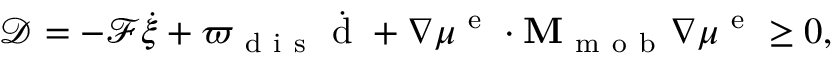
\mathcal { D } = - \mathcal { F } \dot { \xi } + \varpi _ { \mathrm { ~ d ~ i ~ s ~ } } \dot { \mathrm { ~ d ~ } } + \nabla \mu ^ { \mathrm { ~ e ~ } } \cdot { \bf M } _ { \mathrm { ~ m ~ o ~ b ~ } } \nabla \mu ^ { \mathrm { ~ e ~ } } \ge 0 ,